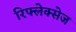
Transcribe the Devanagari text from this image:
रिफ्लेक्सेज